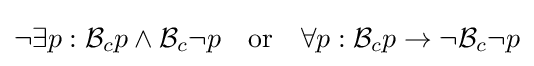
\neg \exists p:{\mathcal {B}}_{c}p\wedge {\mathcal {B}}_{c}\neg p\quad {\text{or}}\quad \forall p:{\mathcal {B}}_{c}p\to \neg {\mathcal {B}}_{c}\neg p